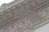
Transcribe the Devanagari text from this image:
येरला